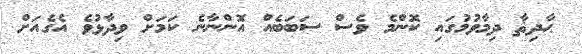
ޙާދިޘާ ދިމާވުމުގައި ކޮންމެ ވެސް ސަބަބެއް އޮންނާނެ ކަމަށް ވިދާޅުވެ އެގެއަށް